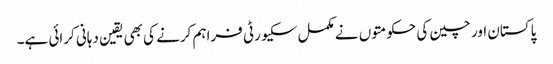
پاکستان اور چین کی حکومتوں نے مکمل سکیورٹی فراہم کرنے کی بھی یقین دہانی کرائی ہے۔